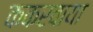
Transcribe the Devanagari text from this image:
ककरवाया